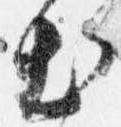
出